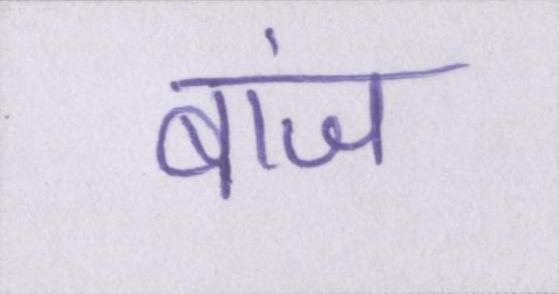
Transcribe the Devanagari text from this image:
बांज